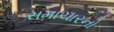
સમાચારનો